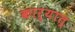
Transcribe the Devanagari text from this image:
कार्यात्